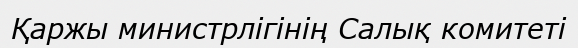
Қаржы министрлігінің Салық комитеті